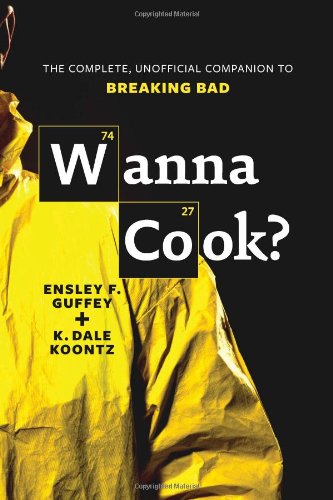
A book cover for Wanna Cook?: The Complete, Unofficial Companion to Breaking Bad; Ensley F. Guffey; Humor & Entertainment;